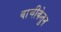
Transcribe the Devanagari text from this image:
वाचीकेतुन